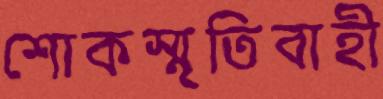
শোকস্মৃতিবাহী